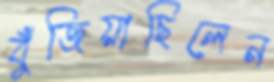
বুঁজিয়াছিলেন